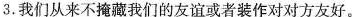
3.我们从来不掩藏我们的友谊或者装作对对方友好。